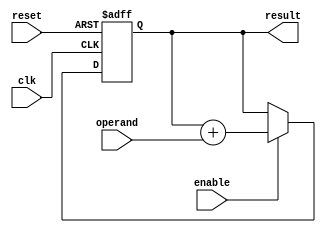
module cascaded_accumulator (
    input wire clk,
    input wire reset,
    input wire enable,
    input wire signed [31:0] operand,
    output wire signed [31:0] result
);

reg signed [31:0] accumulate_result;

always @(posedge clk or posedge reset) begin
    if (reset) begin
        accumulate_result <= 0;
    end else begin
        if (enable) begin
            accumulate_result <= accumulate_result + operand;
        end
    end
end

assign result = accumulate_result;

endmodule